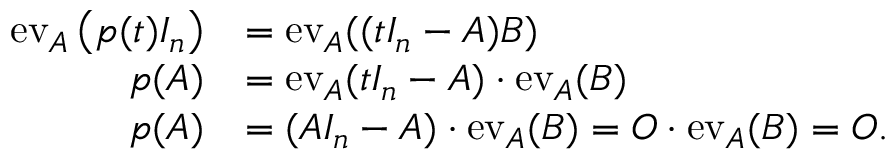
{ \begin{array} { r l } { \operatorname { e v } _ { A } \left( p ( t ) I _ { n } \right) } & { = \operatorname { e v } _ { A } ( ( t I _ { n } - A ) B ) } \\ { p ( A ) } & { = \operatorname { e v } _ { A } ( t I _ { n } - A ) \cdot \operatorname { e v } _ { A } ( B ) } \\ { p ( A ) } & { = ( A I _ { n } - A ) \cdot \operatorname { e v } _ { A } ( B ) = O \cdot \operatorname { e v } _ { A } ( B ) = O . } \end{array} }